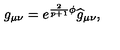
g _ { \mu \nu } = e ^ { \frac { 2 } { p + 1 } \phi } \widehat { g } _ { \mu \nu } ,